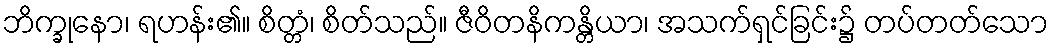
ဘိက္ခုနော၊ ရဟန်း၏။ စိတ္တံ၊ စိတ်သည်။ ဇီဝိတနိကန္တိယာ၊ အသက်ရှင်ခြင်း၌ တပ်တတ်သော